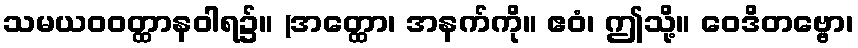
သမယဝဝတ္ထာနဝါရ၌။ (အတ္ထော၊ အနက်ကို။ ဧဝံ၊ ဤသို့။ ဝေဒိတဗ္ဗော၊